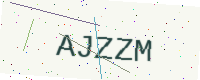
Text: AJZZM